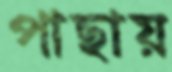
পাছায়